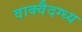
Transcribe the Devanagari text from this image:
वाक्वैदग्ध्य